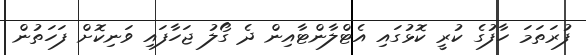
ފުރަތަމަ ހާފުގެ ކުރީ ކޮޅުގައި އެޓްލާންޓާއިން ދެ ގޯލު ޖަހާފައި ވަނިކޮށް ފަހަތުން